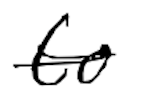
Text: to
Cross-out: single-line
Writing tool: digital_black